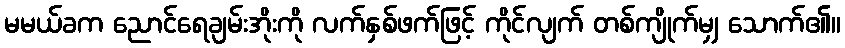
မမယ်ခက ညောင်ရေချမ်းအိုးကို လက်နှစ်ဖက်ဖြင့် ကိုင်လျက် တစ်ကျိုက်မျှ သောက်၏။